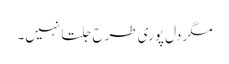
مگر دل پوری طرح جلتا نہیں۔